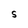
Character: S